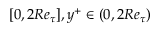
[ 0 , 2 R e _ { \tau } ] , y ^ { + } \in ( 0 , 2 R e _ { \tau } )